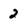
Character: 2